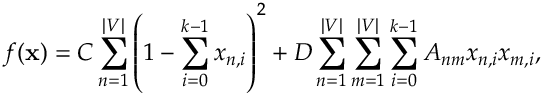
f ( \mathbf { x } ) = C \sum _ { n = 1 } ^ { | V | } \left( 1 - \sum _ { i = 0 } ^ { k - 1 } x _ { n , i } \right) ^ { 2 } + D \sum _ { n = 1 } ^ { | V | } \sum _ { m = 1 } ^ { | V | } \sum _ { i = 0 } ^ { k - 1 } A _ { n m } x _ { n , i } x _ { m , i } ,